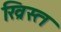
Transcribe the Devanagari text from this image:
ख्रिस्‍त्‍ा